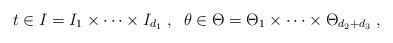
LaTeX: \begin{align*} t\in I=I_1\times\dots\times I_{d_1}\;,\;\;\theta\in \Theta=\Theta_1\times\dots\times \Theta_{d_2+d_3}\;,\end{align*}